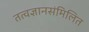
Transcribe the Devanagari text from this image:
तत्वज्ञानसंमिलित